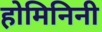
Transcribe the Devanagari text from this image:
होमिनिनी